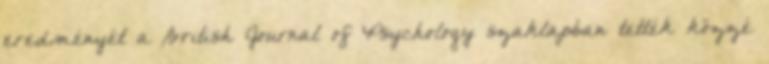
eredményét a British Journal of Psychology szaklapban tették közzé